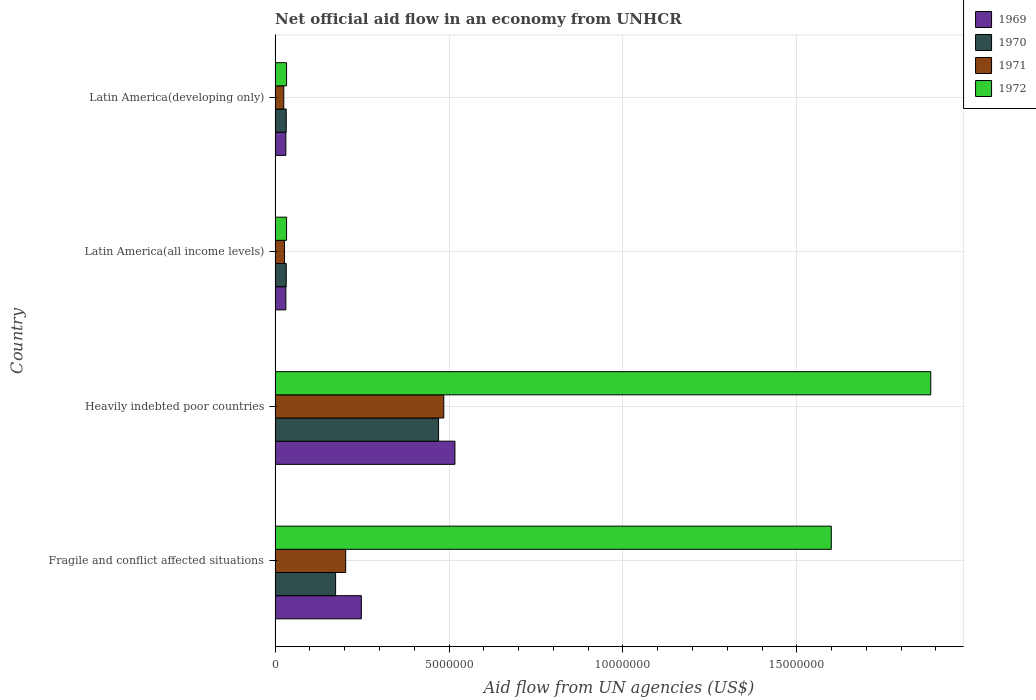
| Country | 1969 | 1970 | 1971 | 1972 |
 | --- | --- | --- | --- | --- |
 | Fragile and conflict affected situations | 2.48e+06 | 1.74e+06 | 2.03e+06 | 1.6e+07 |
 | Heavily indebted poor countries | 5.17e+06 | 4.7e+06 | 4.85e+06 | 1.88e+07 |
 | Latin America(all income levels) | 3.1e+05 | 3.2e+05 | 2.7e+05 | 3.3e+05 |
 | Latin America(developing only) | 3.1e+05 | 3.2e+05 | 2.5e+05 | 3.3e+05 |